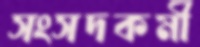
সংসদকর্মী